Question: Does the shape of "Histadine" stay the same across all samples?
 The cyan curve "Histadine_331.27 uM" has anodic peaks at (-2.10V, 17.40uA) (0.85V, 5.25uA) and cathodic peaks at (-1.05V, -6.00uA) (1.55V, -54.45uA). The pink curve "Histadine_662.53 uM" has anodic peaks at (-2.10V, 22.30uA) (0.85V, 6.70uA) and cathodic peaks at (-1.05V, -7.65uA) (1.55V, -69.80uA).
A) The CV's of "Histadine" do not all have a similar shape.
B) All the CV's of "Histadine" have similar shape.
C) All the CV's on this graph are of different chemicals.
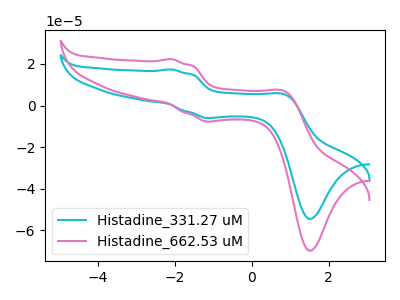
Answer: <think>All the peaks in "Histadine_331.27 uM" have a peak in "Histadine_662.53 uM" at the same potential. Every peak in "Histadine_331.27 uM" is lower than every peak in "Histadine_662.53 uM".
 </think>
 <answer>B) All the CV's of "Histadine" have similar shape.</answer>
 <eval>B</eval>